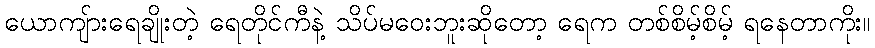
ယောကျ်ားရေချိုးတဲ့ ရေတိုင်ကီနဲ့ သိပ်မဝေးဘူးဆိုတော့ ရေက တစ်စိမ့်စိမ့် ရနေတာကိုး။